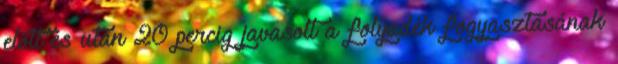
előtt és után 20 percig javasolt a folyadék fogyasztásának